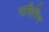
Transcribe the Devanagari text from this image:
नासिरिन